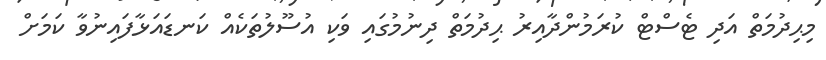
މިޙިދުމަތް އަދި ޓެސްޓް ކުރަމުންދާއިރު ޙިދުމަތް ދިނުމުގައި ވަކި އުސޫލުތަކެއް ކަނޑައަޅާފައިނުވާ ކަމަށް